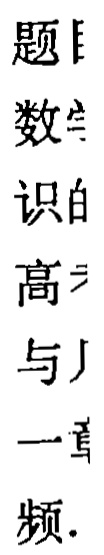
频 1 与 高 识 数 题